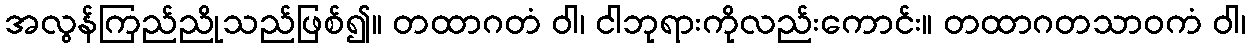
အလွန်ကြည်ညိုသည်ဖြစ်၍။ တထာဂတံ ဝါ၊ ငါဘုရားကိုလည်းကောင်း။ တထာဂတသာဝကံ ဝါ၊